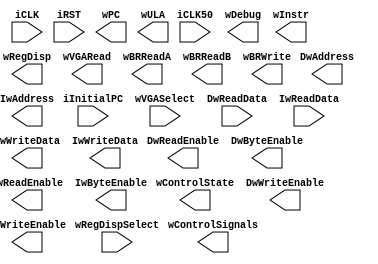
/* Definicao do processador */


module CPU (
    input  wire        iCLK, iCLK50, iRST,
    input  wire [31:0] iInitialPC,
    //sinais de monitoramento
    output wire [31:0] wRegDisp,
    input  wire [4:0]  wRegDispSelect,
    output wire [31:0] wDebug,
    output wire [31:0] wPC, wInstr,
    output wire [9:0] wControlSignals,
    output wire [5:0]  wControlState,
    input  wire [4:0]  wVGASelect,
    output wire [31:0] wVGARead,
	 output wire [31:0] wBRReadA,
	 output wire [31:0] wBRReadB,
	 output wire [31:0] wBRWrite,
	 output wire [31:0] wULA,	 
	 
    //barramentos de dados
    output wire        DwReadEnable, DwWriteEnable,
    output wire [3:0]  DwByteEnable,
    output wire [31:0] DwWriteData,
    input  wire [31:0] DwReadData,
    output wire [31:0] DwAddress,
    // barramentos de instrucoes
    output wire        IwReadEnable, IwWriteEnable,
    output wire [3:0]  IwByteEnable,
    output wire [31:0] IwWriteData,
    input  wire [31:0] IwReadData,
    output wire [31:0] IwAddress
    //interrupcoes

);




/*************  UNICICLO *********************************/
`ifdef UNICICLO
// Visualizacao dos sinais de controle especificos
wire [1:0]  OrigPC, Mem2Reg;
wire [1:0]  ALUOp;
wire        RegWrite, OrigALU;
assign wControlSignals  = {DwReadEnable, DwWriteEnable, RegWrite,
									ALUOp[1:0], OrigALU, Mem2Reg[1:0], OrigPC[1:0]};
assign wControlState    = 6'b0;

Datapath_UNI Processor (
    .iCLK(iCLK),
    .iCLK50(iCLK50),
    .iRST(iRST),
    .iInitialPC(iInitialPC),

	 // Sinais de monitoramento
    .wPC(wPC),
    .woInstr(wInstr),
    .wDebug(wDebug),
    .wRegDispSelect(wRegDispSelect),
    .wRegDisp(wRegDisp),
    .wVGASelect(wVGASelect),
    .wVGARead(wVGARead),
    .wCALUOp(ALUOp),
    .wCRegWrite(RegWrite),
    .wCOrigALU(OrigALU),
    .wCMem2Reg(Mem2Reg),
    .wCOrigPC(OrigPC),
	 .wBRReadA(wBRReadA),
	 .wBRReadB(wBRReadB),
	 .wBRWrite(wBRWrite),
	 .wULA(wULA),
	 
    // Barramento de dados
    .DwReadEnable(DwReadEnable), .DwWriteEnable(DwWriteEnable),
    .DwByteEnable(DwByteEnable),
    .DwWriteData(DwWriteData),
    .DwReadData(DwReadData),
    .DwAddress(DwAddress),
	 
    // Barramento de instrucoes
    .IwReadEnable(IwReadEnable), .IwWriteEnable(IwWriteEnable),
    .IwByteEnable(IwByteEnable),
    .IwWriteData(IwWriteData),
    .IwReadData(IwReadData),
    .IwAddress(IwAddress)
);
 `endif


/*************  MULTICICLO **********************************/
`ifdef MULTICICLO
// Sinais de controle especificos
wire [1:0]  ALUOp, ALUSrcA;
wire [2:0]  ALUSrcB, PCSource;
wire        IRWrite, IorD, PCWrite, RegDst;
wire        RegWrite;
assign wControlSignals  = { DwReadEnable, DwWriteEnable, RegWrite, RegDst, 
									ALUOp[1:0], ALUSrcA[1:0], ALUSrcB[2:0], IorD, IRWrite, PCWrite, PCSource[2:0]};
assign IwReadEnable     = 1'b0;
assign IwWriteEnable    = 1'b0;
assign IwByteEnable     = 4'b0000;
assign IwWriteData      = 32'h00000000;
assign IwAddress        = 32'h00000000;

Datapath_MULTI Processor (
    .iCLK(iCLK),
    .iCLK50(iCLK50),
    .iRST(iRST),
    .iInitialPC(iInitialPC),

	 // Sinais de monitoramento
    .oPC(wPC),
    .oInstr(wInstr),
    .oDebug(wDebug),
    .iRegDispSelect(wRegDispSelect),
    .oRegDisp(wRegDisp),
    .wVGASelect(wVGASelect),
    .wVGARead(wVGARead),
    .owControlState(wControlState),
    .oALUOp(ALUOp),
    .oPCSource(PCSource),
    .oALUSrcB(ALUSrcB),
    .oIRWrite(IRWrite),
    .oIorD(IorD),
    .oPCWrite(PCWrite),
    .oALUSrcA(ALUSrcA),
    .oRegWrite(RegWrite),
	 .wBRReadA(wBRReadA),
	 .wBRReadB(wBRReadB),
	 .wBRWrite(wBRWrite),
	 .wULA(wULA),
	 
    // Barramento
    .DwWriteEnable(DwWriteEnable), .DwReadEnable(DwReadEnable),
    .DwByteEnable(DwByteEnable),
    .DwWriteData(DwWriteData),
    .DwAddress(DwAddress),
    .DwReadData(DwReadData),

);
`endif





/*************  PIPELINE **********************************/
`ifdef PIPELINE
// Sinais de controle especificos
wire [2:0]  OrigPC;
wire [1:0]  ALUOp, OrigALU,RegDst;
wire        RegWrite;
assign wControlSignals  = {DwReadEnable, DwWriteEnable, RegWrite, ALUOp[1:0], OrigALU[1:0], 
									RegDst[1:0], OrigPC[2:0]};
assign wControlState    = 6'b111111;
assign wRegDispCOP0     = 32'hCACACACA;
wire        SavePC;

Datapath_PIPEM Processor (
    .iCLK(iCLK),
    .iCLK50(iCLK50),
    .iRST(iRST),
    .iInitialPC(iInitialPC),

	  // Sinais de monitoramento
    .oPC(wPC),
    .oInstr(wInstr),
    .iRegDispSelect(wRegDispSelect),
    .oRegDisp(wRegDisp),
    .oDebug(wDebug),
    .iVGASelect(wVGASelect),
    .oVGARead(wVGARead),
    .oCALUOp(ALUOp),
    .oCRegWrite(RegWrite),
    .oCRegDst(RegDst),
    .oCOrigALU(OrigALU),
    .oCSavePC(SavePC),
    .oCOrigPC(OrigPC),
	 .wBRReadA(wBRReadA),
	 .wBRReadB(wBRReadB),
	 .wBRWrite(wBRWrite),
	 .wULA(wULA),
	 
    // Barramento de dados
    .DwMemRead(DwReadEnable), .DwMemWrite(DwWriteEnable),
    .DwByteEnable(DwByteEnable),
    .DwMemWriteData(DwWriteData),
    .DwMemReadData(DwReadData),
    .DwMemAddress(DwAddress),
	 
    // Barramento de instrucoes
    .IwMemRead(IwReadEnable), .IwMemWrite(IwWriteEnable),
    .IwByteEnable(IwByteEnable),
    .IwMemWriteData(IwWriteData),
    .IwMemReadData(IwReadData),
    .IwMemAddress(IwAddress)

);

`endif

endmodule